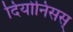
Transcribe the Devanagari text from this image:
दियोनिसस्